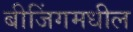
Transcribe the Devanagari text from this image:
बीजिंगमधील